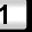
Digit: 1